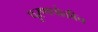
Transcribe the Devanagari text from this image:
पुरणपोळीच